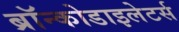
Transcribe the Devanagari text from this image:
ब्रॉन्कोडाइलेटर्स